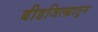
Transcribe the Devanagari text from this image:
बीडजिल्ह्यातून